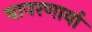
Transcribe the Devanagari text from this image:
वापरणार्या